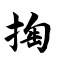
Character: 掏